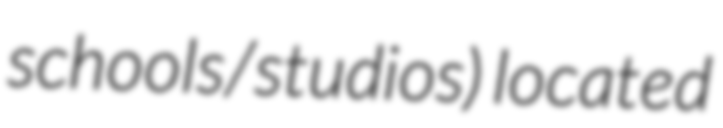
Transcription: schools/studios) located